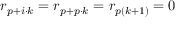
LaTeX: r _ { p + i \cdot k } = r _ { p + p \cdot k } = r _ { p ( k + 1 ) } = 0